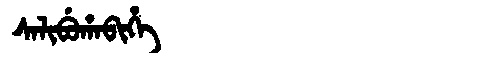
Manchu: ᠰᠠᠯᡳᠪᡠᡥᠠᠪᡳᡥᡝ
Romanization: SALIBUHABIHE